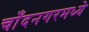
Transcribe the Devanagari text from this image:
चाँदनगरमध्ये